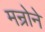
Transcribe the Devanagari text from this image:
मन्रोने